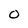
Character: 0